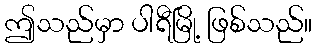
ဤသည်မှာ ပါရီမြို့ ဖြစ်သည်။